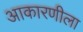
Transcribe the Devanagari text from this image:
आकारणीला